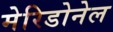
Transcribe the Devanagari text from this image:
मेरिडोनेल